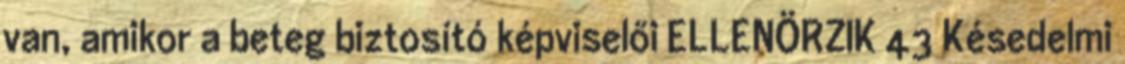
van, amikor a beteg biztosító képviselői ELLENÖRZIK 43 Késedelmi